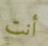
أنت